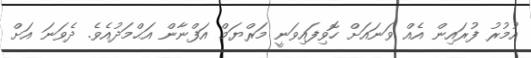
އުމުރު ފުރައިން އެއް ވަނައަށް ހޮވިފައިވަނީ މަރްޔަމް އަފްނާން އަޙްމަދުއެވެ. ދެވަނަ އަށް